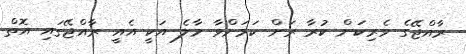
ރާއްޖޭގެ ވެރިކަން ކުރާ ރަށް ކަމަށްވާ މާލެ އަކީ އެއީ ރާއްޖޭގައި އޮތް